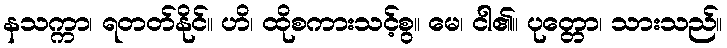
နသက္ကာ၊ ရတတ်နိုင်။ ဟိ၊ ထိုစကားသင့်စွ။ မေ၊ ငါ၏။ ပုတ္တော၊ သားသည်။